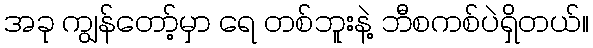
အခု ကျွန်တော့်မှာ ရေ တစ်ဘူးနဲ့ ဘီစကစ်ပဲရှိတယ်။